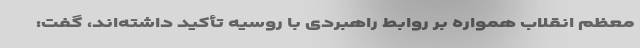
معظم انقلاب همواره بر روابط راهبردی با روسیه تأکید داشته‌اند، گفت: